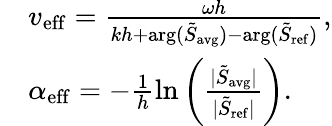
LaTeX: \begin{array}{rl}&{v_{\mathrm{eff}}=\frac{\omega h}{kh+\mathrm{arg}(\tilde{S}_{\mathrm{avg}})-\mathrm{arg}(\tilde{S}_{\mathrm{ref}})},}\\ &{\alpha_{\mathrm{eff}}=-\frac{1}{h}\ln\left(\frac{|\tilde{S}_{\mathrm{avg}}|}{|\tilde{S}_{\mathrm{ref}}|}\right).}\end{array}